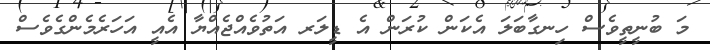
މަ ބުނީތީވެސް ހިނގާބަލަ އެކަން ކުރަން އެ ޑީލަރ އަތުވެއްޖެއްޔާ އެއީ އަހަރެމެންގެވެސް